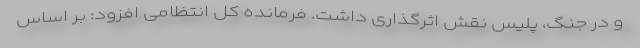
و در جنگ، پلیس نقش اثرگذاری داشت. فرمانده کل انتظامی افزود: بر اساس